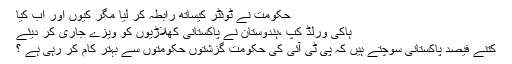
حکومت نے ٹوئٹر کیساتھ رابطہ کر لیا مگر کیوں اور اب کیا
ہاکی ورلڈ کپ ،ہندوستان نے پاکستانی کھلاڑیوں کو ویزے جاری کر دیئے
کتنے فیصد پاکستانی سوچتے ہیں کہ پی ٹی آئی کی حکومت گزشتوں حکومتوں سے بہتر کام کر رہی ہے ؟